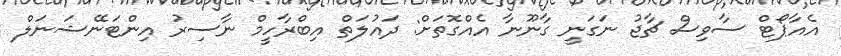
އެއާޕޯޓް ސާވިސް ޗާޖު ނަގަނީ ގާނޫނާ އެއްގޮތަށް: ދައުލަތް އިބްރާހީމް ނާސިރު އިންޓަނޭޝަނަލް